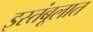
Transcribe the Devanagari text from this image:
इस्तंबूलात